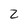
Character: 2